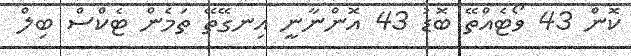
ކޮން 43 ވޯޓެއްތޭ ބޮޑު 43 އޮންނާނީ އިނގޭތޭ ތަމެން ޓެކްސް ބިލް